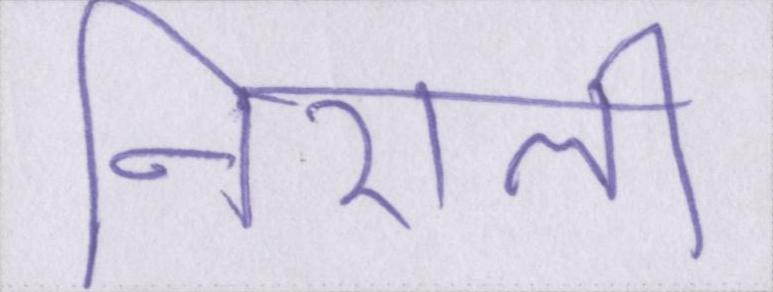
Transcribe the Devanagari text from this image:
निराली